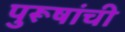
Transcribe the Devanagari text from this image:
पुरूषांची